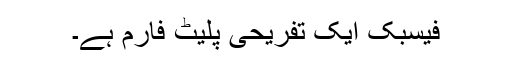
فیسبک ایک تفریحی پلیٹ فارم ہے۔